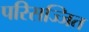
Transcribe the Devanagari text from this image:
परिसज्जित